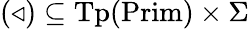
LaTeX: (\triangleleft)\subseteq{\mathrm{Tp}}({\mathrm{Prim}})\times\Sigma